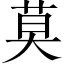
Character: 莫